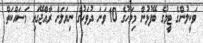
ވަކީލުންގެ ޓީމުގެ ބޭފުޅުން މިމަހުގެ 10 ވަނަ ދުވަހުގެ ނިޔަލަށް ރާއްޖޭގައި މަސައްކަތް